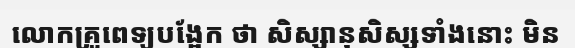
លោកគ្រូពេទ្យបង្អែក ថា សិស្សានុសិស្សទាំងនោះ មិន